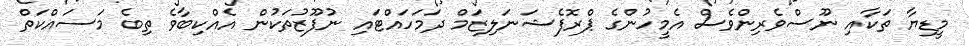
މީޑިޔާ ތަކާއި ނޫސްވެރިންވެސް އެމީހުންގެ ޕްރޮފެޝަނަލިޒަމް ދަމަހައްޓައި ނުފޫޒުތަކުން އެއްކިބާވެ ތިބެ މަސައްކަތް